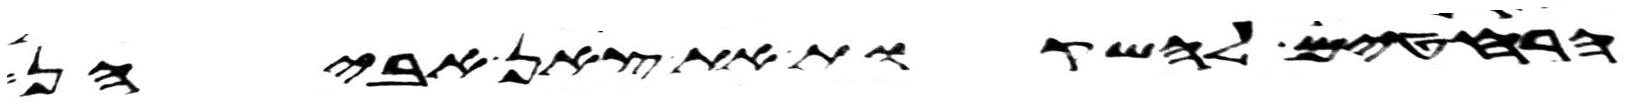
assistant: הרחטים להשקות את צאן אביהן